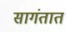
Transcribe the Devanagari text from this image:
सागंतात